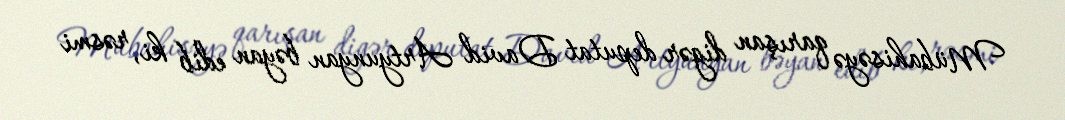
Mübahisəyə qarışan digər deputat David Artyunyan bəyan edib ki, rəsmi